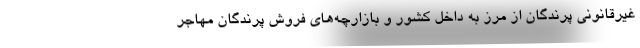
غیرقانونی پرندگان از مرز به داخل کشور و بازارچه‌های فروش پرندگان مهاجر